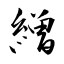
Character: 繒